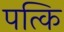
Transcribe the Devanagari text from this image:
पत्कि